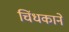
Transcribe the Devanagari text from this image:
चिंधकाने